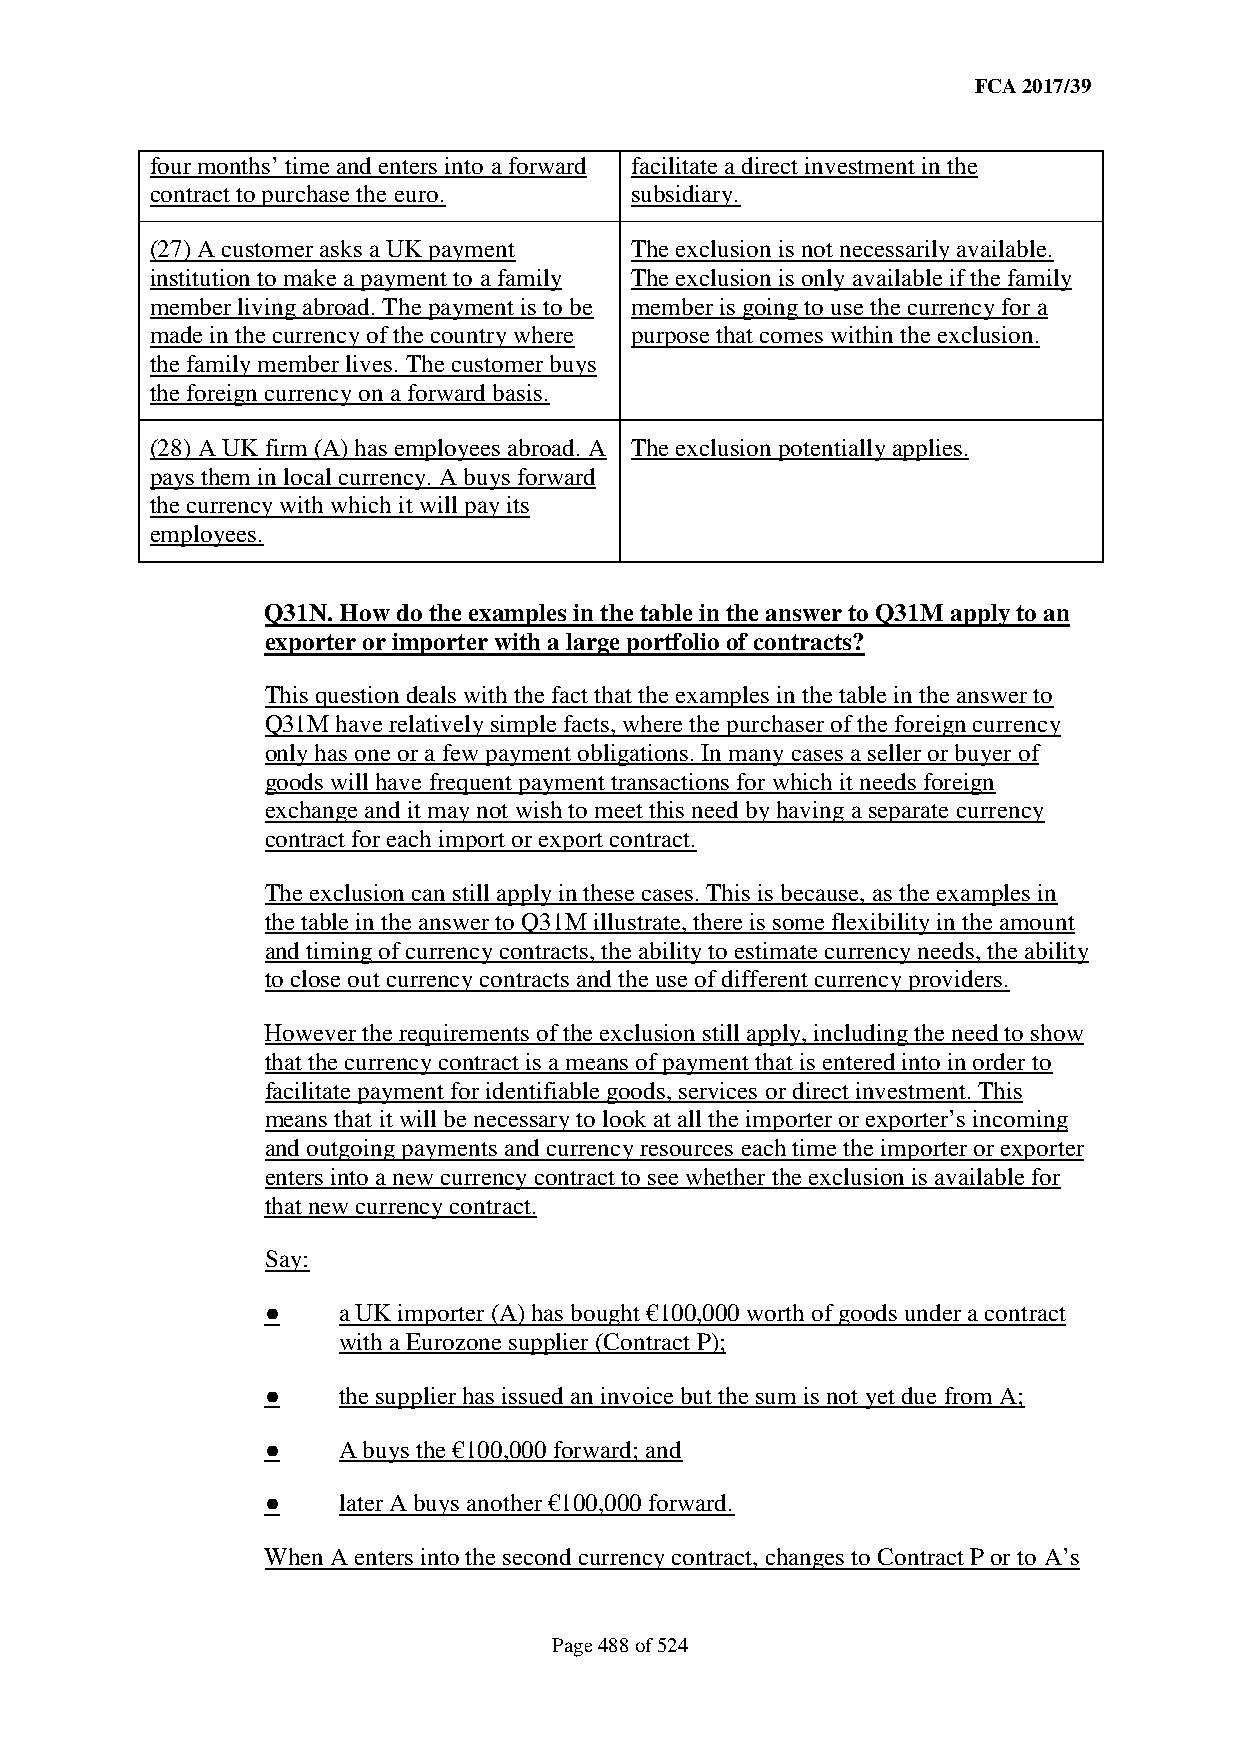
FCA 2017/39
 four months’ time and enters into a forward facilitate a direct investment in the
 contract to purchase the euro.  subsidiary.
 (27) A customer asks a UK payment The exclusion is not necessarily available.
 institution to make a payment to a family The exclusion is only available if the family
 member living abroad. The payment is to be member is going to use the currency for a
 made in the currency of the country where purpose that comes within the exclusion.
 the family member lives. The customer buys
 the foreign currency on a forward basis.
 (28) A UK firm (A) has employees abroad. A The exclusion potentially applies.
 pays them in local currency. A buys forward
 the currency with which it will pay its
 employees.
 Q31N. How do the examples in the table in the answer to Q31M apply to an
 exporter or importer with a large portfolio of contracts?
 This question deals with the fact that the examples in the table in the answer to
 Q31M have relatively simple facts, where the purchaser of the foreign currency
 only has one or a few payment obligations. In many cases a seller or buyer of
 goods will have frequent payment transactions for which it needs foreign
 exchange and it may not wish to meet this need by having a separate currency
 contract for each import or export contract.
 The exclusion can still apply in these cases. This is because, as the examples in
 the table in the answer to Q31M illustrate, there is some flexibility in the amount
 and timing of currency contracts, the ability to estimate currency needs, the ability
 to close out currency contracts and the use of different currency providers.
 However the requirements of the exclusion still apply, including the need to show
 that the currency contract is a means of payment that is entered into in order to
 facilitate payment for identifiable goods, services or direct investment. This
 means that it will be necessary to look at all the importer or exporter’s incoming
 and outgoing payments and currency resources each time the importer or exporter
 enters into a new currency contract to see whether the exclusion is available for
 that new currency contract.
 Say:
 ●   a UK importer (A) has bought €100,000 worth of goods under a contract
 with a Eurozone supplier (Contract P);
 ●   the supplier has issued an invoice but the sum is not yet due from A;
 ●   A buys the €100,000 forward; and
 ●   later A buys another €100,000 forward.
 When A enters into the second currency contract, changes to Contract P or to A’s
 Page 488 of 524